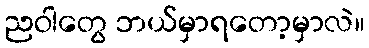
ညဝါတွေ ဘယ်မှာရတော့မှာလဲ။